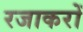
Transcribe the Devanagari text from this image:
रजाकरों